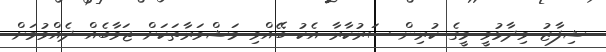
ޝިފާޒު ވިދާޅުވީ މީގެ ކުރިން ސަރުކާރާ އެކު ބޭއްވި މަޝްވަރާތަކަށް ޖަވާބެއް ދެއްވުމަށް